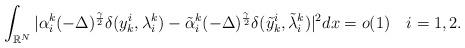
LaTeX: \begin{align*}\displaystyle\int_{\mathbb{R}^N}|\alpha^k_i(-\Delta)^{\frac{\gamma}{2}}\delta(y^i_k, \lambda^k_i) - \tilde{\alpha}^k_i(-\Delta)^{\frac{\gamma}{2}}\delta(\tilde{y}^i_k, \tilde{\lambda}^k_i)|^2dx = o(1)\quad i = 1, 2.\end{align*}